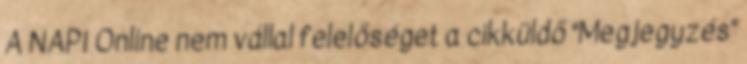
A NAPI Online nem vállal felelőséget a cikküldő "Megjegyzés"